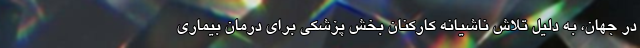
در جهان، به دلیل تلاش ناشیانه کارکنان بخش پزشکی برای درمان بیماری